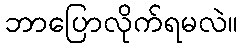
ဘာပြောလိုက်ရမလဲ။